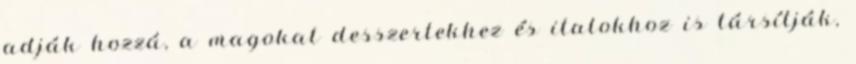
adják hozzá, a magokat desszertekhez és italokhoz is társítják,